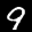
Label: 9